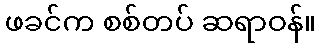
ဖခင်က စစ်တပ် ဆရာဝန်။